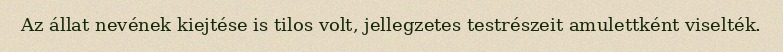
Az állat nevének kiejtése is tilos volt, jellegzetes testrészeit amulettként viselték.